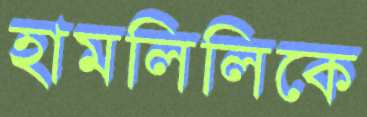
হামলিলিকে